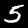
Label: 5